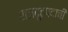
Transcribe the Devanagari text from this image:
राजदूतपदाची